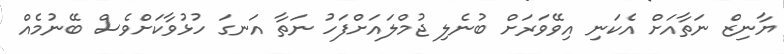
ޔާނިޒް ނަތާއަށް އެކަނި އިވޭވަރަށް ބުނެލި ޖުމްލައަށްފަހު ނަތާ އަނގަ ހުޅުވާކަށްވެސް ބޭނުމެއް